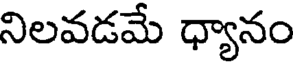
నిలవడమే ధ్యానం